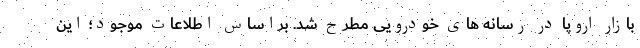
بازار اروپا در رسانه های خودرویی مطرح شد. براساس اطلاعات موجود؛ این